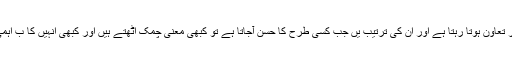
الفاظ میں ایک دوسرے کے ساتھ تصادم اور تعاون ہوتا رہتا ہے اور ان کی ترتیب یں جب کسی طرح کا حُسن آجاتا ہے تو کبھی معنی چمک اٹھتے ہیں اور کبھی انہیں کا ب اہمی میل ملاپ مکمل تخلیق کو چمکا دیتا ہے۔